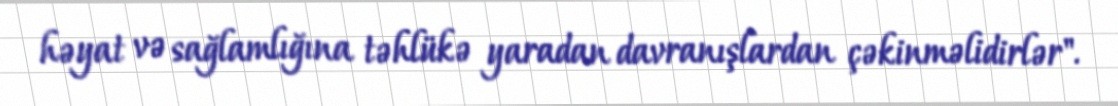
həyat və sağlamlığına təhlükə yaradan davranışlardan çəkinməlidirlər".